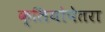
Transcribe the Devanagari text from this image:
क्लियोपेतरा